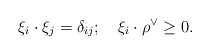
\begin{align*}\xi _{i}\cdot \xi _{j}=\delta _{ij};\quad \xi _{i}\cdot \rho ^{\vee }\geq 0.\end{align*}